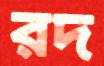
রদ